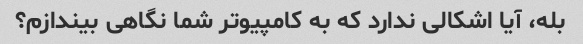
بله، آیا اشکالی ندارد که به کامپیوتر شما نگاهی بیندازم؟